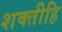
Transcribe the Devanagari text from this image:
शक्तीहि